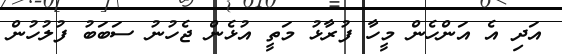
އަދި އެ އަންހެން މީހާ ފުރާޅު މަތީ އުޅެން ޖެހުނު ސަބަބު ފުލުހުން